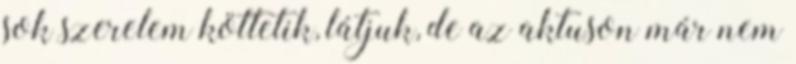
sok szerelem köttetik, látjuk, de az aktuson már nem